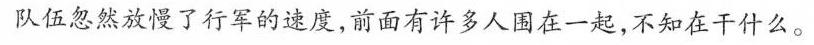
队伍忽然放慢了行军的速度，前面有许多人围在一起，不知在干什么。